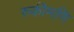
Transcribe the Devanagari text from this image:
रुकीमणि